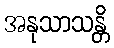
အနုသာသန္တိ